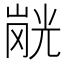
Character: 𭗂